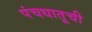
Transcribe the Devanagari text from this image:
पंचधातूची